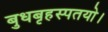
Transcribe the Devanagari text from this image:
बुधबृहस्पतयो।